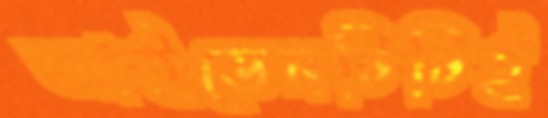
আইডেনটিটিই